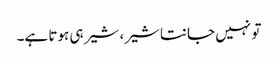
تو نہیں جانتا شیر، شیر ہی ہوتا ہے۔